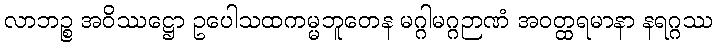
လာဘဉ္စ အဝိဿဋ္ဌော ဥပေါသထကမ္မဘူတေန မဂ္ဂါမဂ္ဂဉာဏံ အဝတ္ထရမာနာ နရဂ္ဂဿ